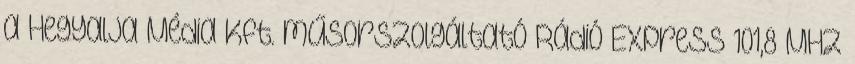
a Hegyalja Média Kft. műsorszolgáltató Rádió Express 101,8 MHz